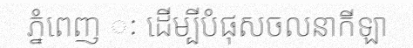
ភ្នំពេញ ៈ ដើម្បីបំផុសចលនាកីឡា